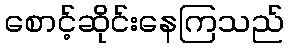
စောင့်ဆိုင်းနေကြသည်